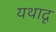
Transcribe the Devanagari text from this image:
यथादृ